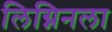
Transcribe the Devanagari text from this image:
लिग्निनला